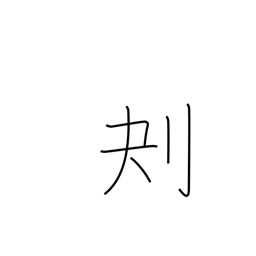
Meaning: scoop out